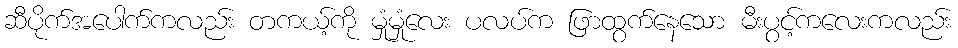
ဆီပိုက်အပေါက်ကလည်း တကယ့်ကို မှုံမှုံလေး ပလပ်က ဖြာထွက်နေသော မီးပွင့်ကလေးကလည်း